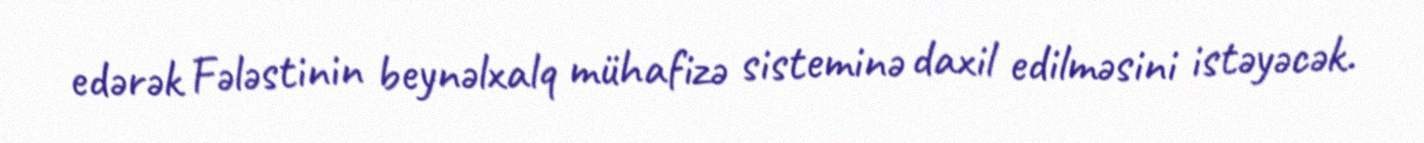
edərək Fələstinin beynəlxalq mühafizə sisteminə daxil edilməsini istəyəcək.